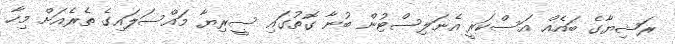
ރަޝިޔާގެ ބައެއް އަސްކަރީ އެނަލިސްޓުން ބުނާ ގޮތުގައި ސީރިޔާ މައްސަލައިގެ ތެރެއަށް މިހާ